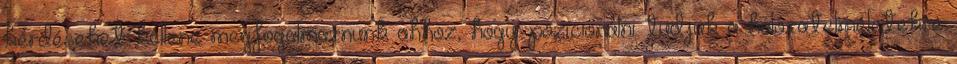
kérdéseket kellene megfogalmaznunk ahhoz, hogy pozícionálni tudjuk a hálózatelméletekre